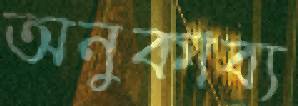
অনুকাব্য